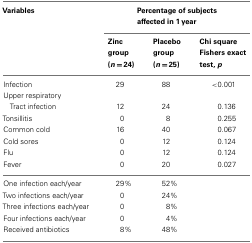
<table><thead><tr><td><b>Variables</b></td><td colspan="3"><b>Percentage of subjects affected in 1 year</b></td></tr><tr><td></td><td><b>Zinc group (<i>n</i> = 24)</b></td><td><b>Placebo group (<i>n</i> = 25)</b></td><td><b>Chi square Fishers exact test, <i>p</i></b></td></tr></thead><tbody><tr><td>Infection</td><td>29</td><td>88</td><td>&lt;0.001</td></tr><tr><td>Upper respiratory</td></tr><tr><td> Tract infection</td><td>12</td><td>24</td><td>0.136</td></tr><tr><td>Tonsillitis</td><td>0</td><td>8</td><td>0.255</td></tr><tr><td>Common cold</td><td>16</td><td>40</td><td>0.067</td></tr><tr><td>Cold sores</td><td>0</td><td>12</td><td>0.124</td></tr><tr><td>Flu</td><td>0</td><td>12</td><td>0.124</td></tr><tr><td>Fever</td><td>0</td><td>20</td><td>0.027</td></tr><tr><td>One infection each/year</td><td>29%</td><td>52%</td><td></td></tr><tr><td>Two infections each/year</td><td>0</td><td>24%</td><td></td></tr><tr><td>Three infections each/year</td><td>0</td><td> 8%</td><td></td></tr><tr><td>Four infections each/year</td><td>0</td><td> 4%</td><td></td></tr><tr><td>Received antibiotics</td><td> 8%</td><td>48%</td><td></td></tr></tbody></table>